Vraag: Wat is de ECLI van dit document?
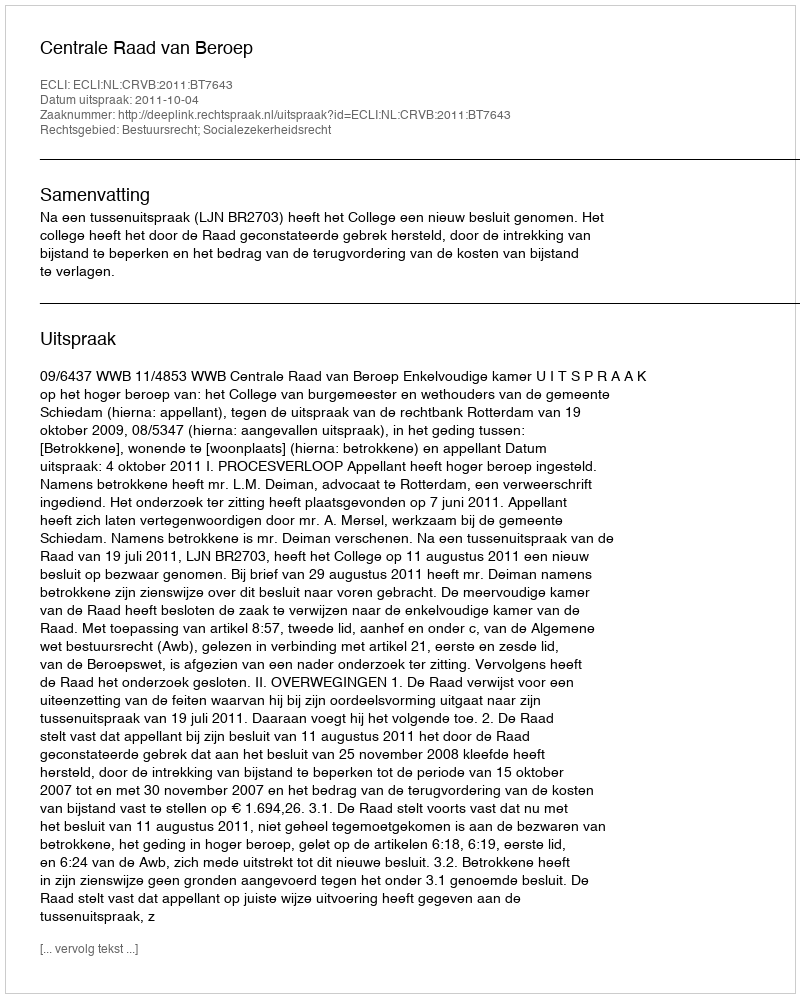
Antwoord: ECLI:NL:CRVB:2011:BT7643